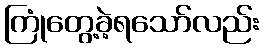
ကြုံတွေ့ခဲ့ရသော်လည်း